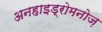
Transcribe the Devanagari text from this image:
अनहाइड्रोमनोज़